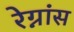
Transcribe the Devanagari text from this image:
रेग्नांस